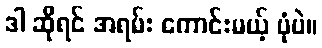
ဒါ ဆိုရင် အရမ်း ကောင်းမယ့် ပုံပဲ။